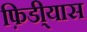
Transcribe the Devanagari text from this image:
फ़िडी्यास